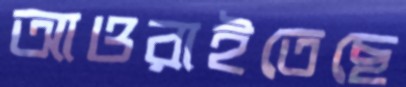
আওরাইতেছে